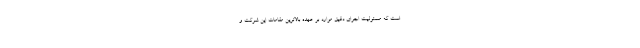
است که مسئولیت اجرای دقیق موارد بر عهده بالاترین مقامات این شرکت و